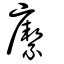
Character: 緳